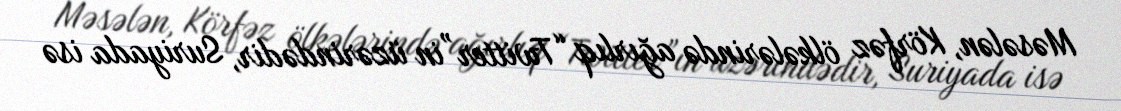
Məsələn, Körfəz ölkələrində ağırlıq “Twitter”in üzərindədir, Suriyada isə